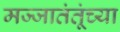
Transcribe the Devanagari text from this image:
मज्जातंतूंच्या